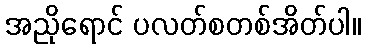
အညိုရောင် ပလတ်စတစ်အိတ်ပါ။